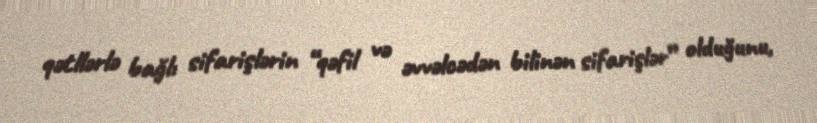
qətllərlə bağlı sifarişlərin “qəfil və əvvəlcədən bilinən sifarişlər” olduğunu,